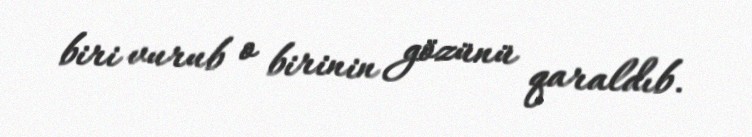
biri vurub o birinin gözünü qaraldıb.